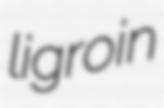
ligroin